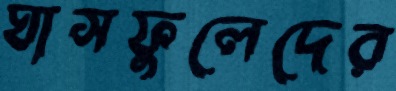
ঘাসফুলেদের